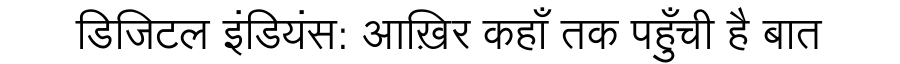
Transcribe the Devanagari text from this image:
डिजिटल इंडियंस: आख़िर कहाँ तक पहुँची है बात